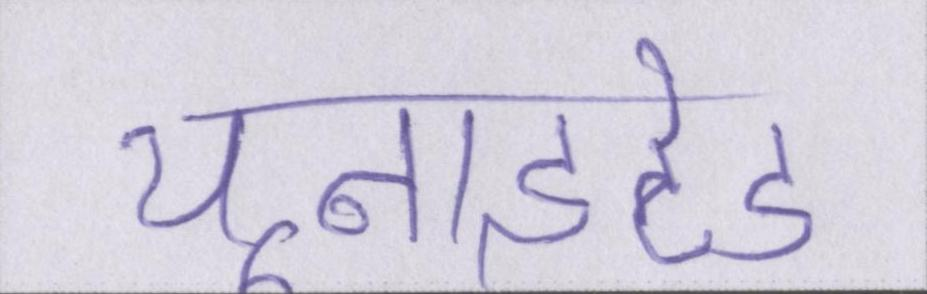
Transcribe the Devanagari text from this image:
यूनाइटेड